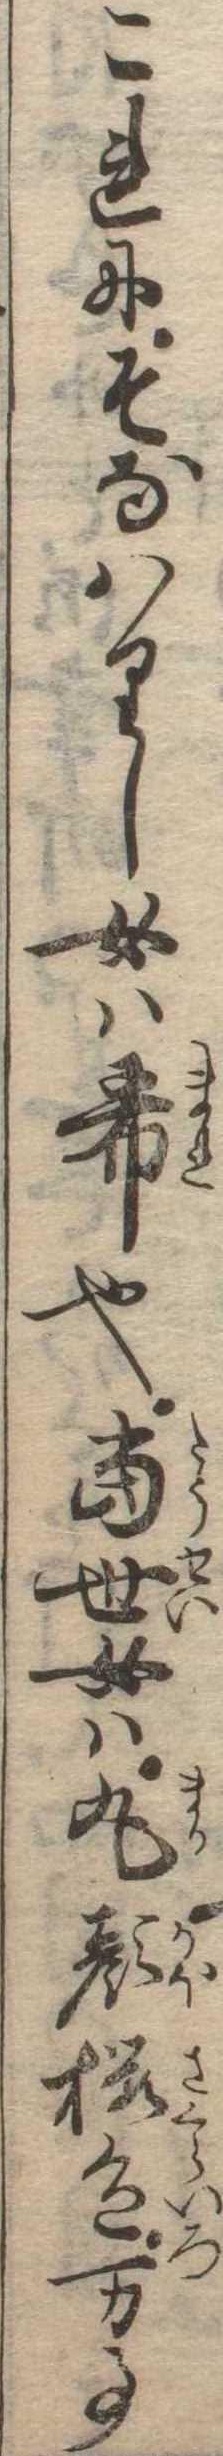
これにそなはりし女は希也当世女は丸顔桜色万事